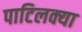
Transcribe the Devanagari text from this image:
पाटिलक्या